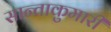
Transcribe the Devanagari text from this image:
सान्ताकुमारी